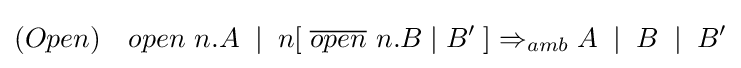
(Open)\quad open\ n.A\;\mid \;n[\;{\overline {open}}\ n.B\mid B'\;]\Rightarrow _{amb}A\;\mid \;B\;\mid \;B'